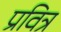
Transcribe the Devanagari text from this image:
प्रवित्र